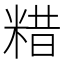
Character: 𥺮